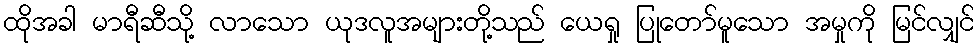
ထိုအခါ မာရီဆီသို့ လာသော ယုဒလူအများတို့သည် ယေရှု ပြုတော်မူသော အမှုကို မြင်လျှင်